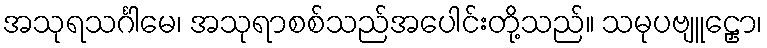
အသုရသင်္ဂါမေ၊ အသုရာစစ်သည်အပေါင်းတို့သည်။ သမုပဗျူဠှော၊